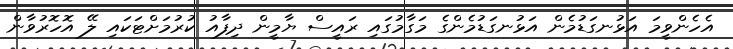
އެހެންވީމަ އަޅުނގަޑުމެން އަޅުނގަޑުމެންގެ މަގާމުގައި ރައީސް ޔާމީން ދިފާއު ކުރުމަށްޓަކައި ލޭ އޮހޮރުވާން